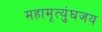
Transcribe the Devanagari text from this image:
महामृत्युंघजय